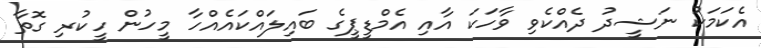
އެކަމަކު ނަޝީދު ދެއްކެވި ވާހަކަ އާއި އެމްޑީޕީގެ ބައިލައްކައެއްހާ މީހުން ހީކުރި ގޮތާ